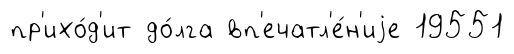
пр'ихо́д'ит до́лга вп'ечатл'е́н'иjе 19551